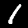
Digit: 1